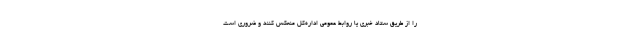
را از طریق ستاد خبری یا روابط عمومی اداره‌کل منعکس کنند و ضروری است